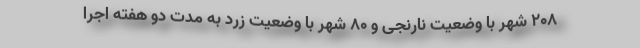
۲۰۸ شهر با وضعیت نارنجی و ۸۰ شهر با وضعیت زرد به مدت دو هفته اجرا